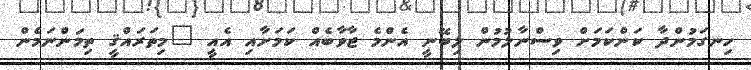
ހިނގަމުންދާ ކަންކަމަށް ވިސްނާލުމުން ލިބޭނީ އެންމެ ޖާވާބެއް ކަމަށާއި އެއީ "މިތަރައްޤީ ތިމަންނަމެން